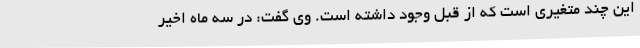
این چند متغیری است که از قبل وجود داشته است. وی گفت: در سه ماه اخیر